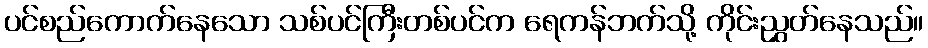
ပင်စည်ကောက်နေသော သစ်ပင်ကြီးတစ်ပင်က ရေကန်ဘက်သို့ ကိုင်းညွှတ်နေသည်။